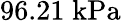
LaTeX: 96.21\; \mathrm{kPa}